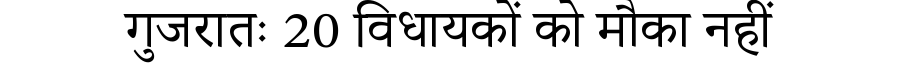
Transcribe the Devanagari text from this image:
गुजरातः 20 विधायकों को मौका नहीं